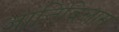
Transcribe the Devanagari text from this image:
जातिविलास